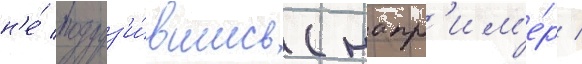
н'е́ погруз'и́вшись (напр'им'е́р /